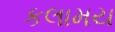
કલામય